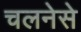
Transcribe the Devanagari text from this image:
चलनेसे